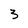
Character: 3